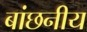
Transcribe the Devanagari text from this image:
बांछनीय